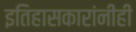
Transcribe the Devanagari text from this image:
इतिहासकारांनीही